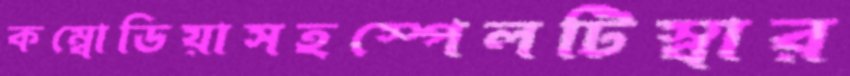
কম্বোডিয়াসহস্পেলটিস্বার